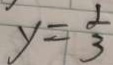
y = \frac { 1 } { 3 }